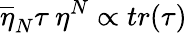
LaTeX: \overline{{{\eta}}}_{N}\tau\: \eta^{N}\propto tr(\tau)